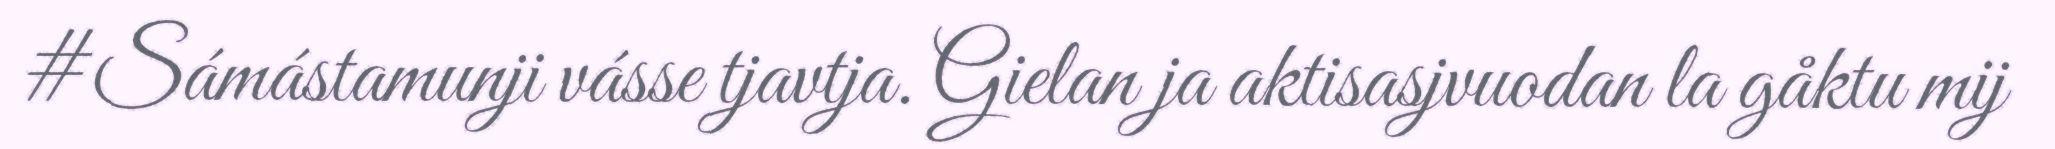
#Sámástamunji vásse tjavtja. Gielan ja aktisasjvuodan la gåktu mij